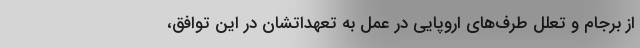
از برجام و تعلل طرف‌های اروپایی در عمل به تعهداتشان در این توافق،